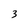
Character: 3